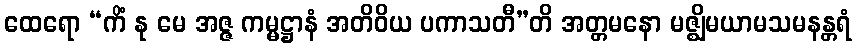
ထေရော “ကိံ နု မေ အဇ္ဇ ကမ္မဋ္ဌာနံ အတိဝိယ ပကာသတီ”တိ အတ္တမနော မဇ္ဈိမယာမသမနန္တရံ